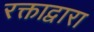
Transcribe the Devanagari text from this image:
रक्ताद्वारा